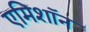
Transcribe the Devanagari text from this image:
एमिशॉन